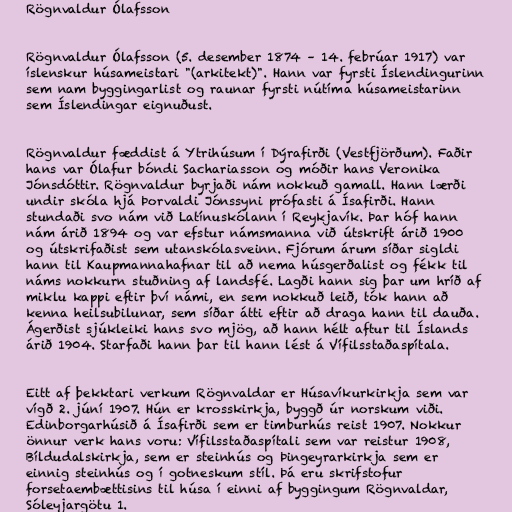
Rögnvaldur Ólafsson

Rögnvaldur Ólafsson (5. desember 1874 – 14. febrúar 1917) var
íslenskur húsameistari "(arkitekt)". Hann var fyrsti Íslendingurinn
sem nam byggingarlist og raunar fyrsti nútíma húsameistarinn
sem Íslendingar eignuðust.

Rögnvaldur fæddist á Ytrihúsum í Dýrafirði (Vestfjörðum). Faðir
hans var Ólafur bóndi Sachariasson og móðir hans Veronika
Jónsdóttir. Rögnvaldur byrjaði nám nokkuð gamall. Hann lærði
undir skóla hjá Þorvaldi Jónssyni prófasti á Ísafirði. Hann
stundaði svo nám við Latínuskólann í Reykjavík. Þar hóf hann
nám árið 1894 og var efstur námsmanna við útskrift árið 1900
og útskrifaðist sem utanskólasveinn. Fjórum árum síðar sigldi
hann til Kaupmannahafnar til að nema húsgerðalist og fékk til
náms nokkurn stuðning af landsfé. Lagði hann sig þar um hríð af
miklu kappi eftir því námi, en sem nokkuð leið, tók hann að
kenna heilsubilunar, sem síðar átti eftir að draga hann til dauða.
Ágerðist sjúkleiki hans svo mjög, að hann hélt aftur til Íslands
árið 1904. Starfaði hann þar til hann lést á Vífilsstaðaspítala.

Eitt af þekktari verkum Rögnvaldar er Húsavíkurkirkja sem var
vígð 2. júní 1907. Hún er krosskirkja, byggð úr norskum viði.
Edinborgarhúsið á Ísafirði sem er timburhús reist 1907. Nokkur
önnur verk hans voru: Vífilsstaðaspítali sem var reistur 1908,
Bíldudalskirkja, sem er steinhús og Þingeyrarkirkja sem er
einnig steinhús og í gotneskum stíl. Þá eru skrifstofur
forsetaembættisins til húsa í einni af byggingum Rögnvaldar,
Sóleyjargötu 1.